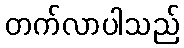
တက်လာပါသည်